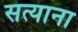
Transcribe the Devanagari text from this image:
सत्याना